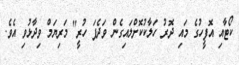
ކޯޓާއި އޮފީހުގެ މައި ދޮރު ހަލާކުކޮށްލައިގެން ވަދެފަ ހުރީ" މަރިޔަމް ވިދާޅުވި އެވެ.